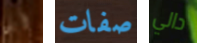
أين صفات دالي